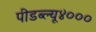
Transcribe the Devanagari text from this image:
पीडब्ल्यू४०००